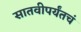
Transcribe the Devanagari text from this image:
सातवीपर्यंतचं